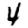
Digit: 4